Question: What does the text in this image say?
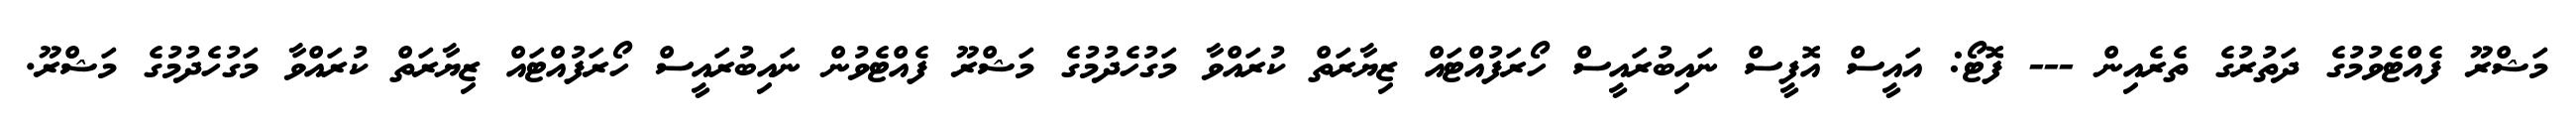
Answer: މަޝްރޫ ފެއްޓެވުމުގެ ދަތުރުގެ ތެރެއިން --- ފޮޓޯ: އައީސް އޮފީސް ނައިބުރައީސް ހޯރަފުއްޓައް ޒިޔާރަތް ކުރައްވާ މަގުހެދުމުގެ މަޝްރޫ ފެއްޓެވުން ނައިބުރައީސް ހޯރަފުއްޓައް ޒިޔާރަތް ކުރައްވާ މަގުހެދުމުގެ މަޝްރޫ.